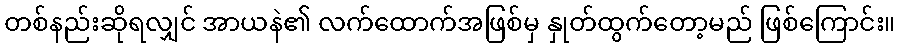
တစ်နည်းဆိုရလျှင် အာယနဲ၏ လက်ထောက်အဖြစ်မှ နှုတ်ထွက်တော့မည် ဖြစ်ကြောင်း။